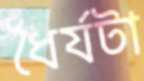
ধৈর্যটা